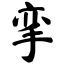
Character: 挛